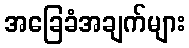
အခြေခံအချက်များ